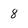
Character: 8